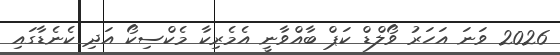
2026 ވަނަ އަހަރު ވޯލްޑް ކަޕް ބާއްވާނީ އެމެރިކާ މެކްސިކޯ އަދި ކެނެޑާގައި